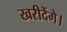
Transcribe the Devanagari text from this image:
खरीदेंगे।